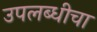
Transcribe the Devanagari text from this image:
उपलब्धीचा